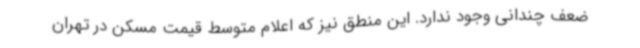
ضعف چندانی وجود ندارد. این منطق نیز که اعلام متوسط قیمت مسکن در تهران